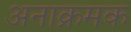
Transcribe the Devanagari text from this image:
अनाक्रमक